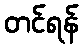
တင်ရန်